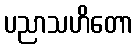
ပညာသဟိတော